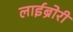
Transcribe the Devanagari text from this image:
लाईब्रोरी